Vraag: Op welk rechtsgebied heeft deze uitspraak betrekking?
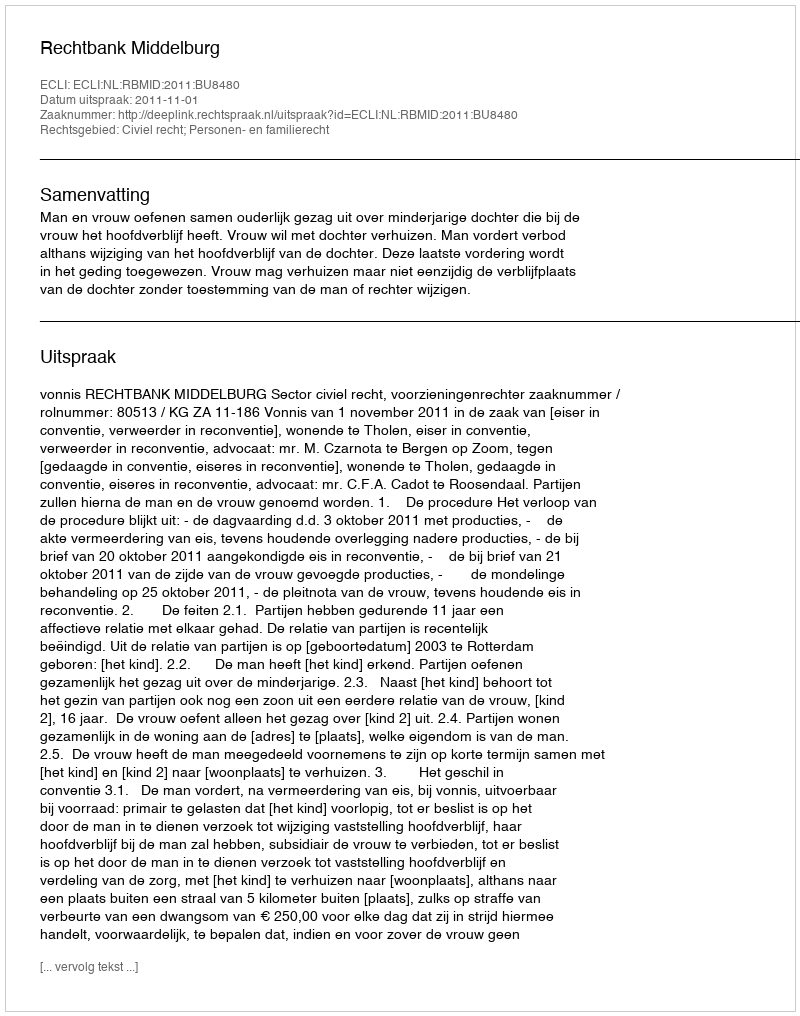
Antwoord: Civiel recht; Personen- en familierecht